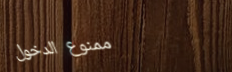
ممنوع الدخول